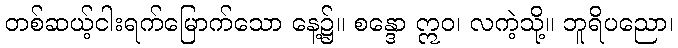
တစ်ဆယ့်ငါးရက်မြောက်သော နေ့၌။ စန္ဒော ဣဝ၊ လကဲ့သို့။ ဘူရိပညော၊